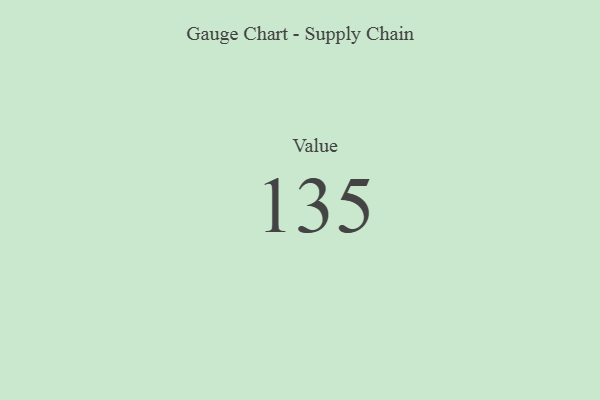
{"axis": {"x": "Metric", "y": "Value"}, "legend": [""], "data": [{"x": "Value", "y": 135, "type": ""}]}